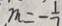
m = - \frac { 1 } { 7 }